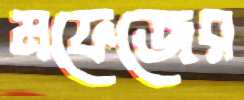
মফেজের